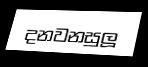
දනවනසුලූ